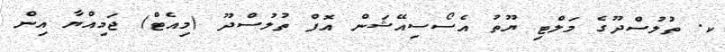
ކ. ތުލުސްދޫގެ މަލްޓި ޔޫތު އެސޯސިއޭޝަން އޮފް ތުލުސްދޫ (މިއެޓް) ޖަމިއްޔާ އިން